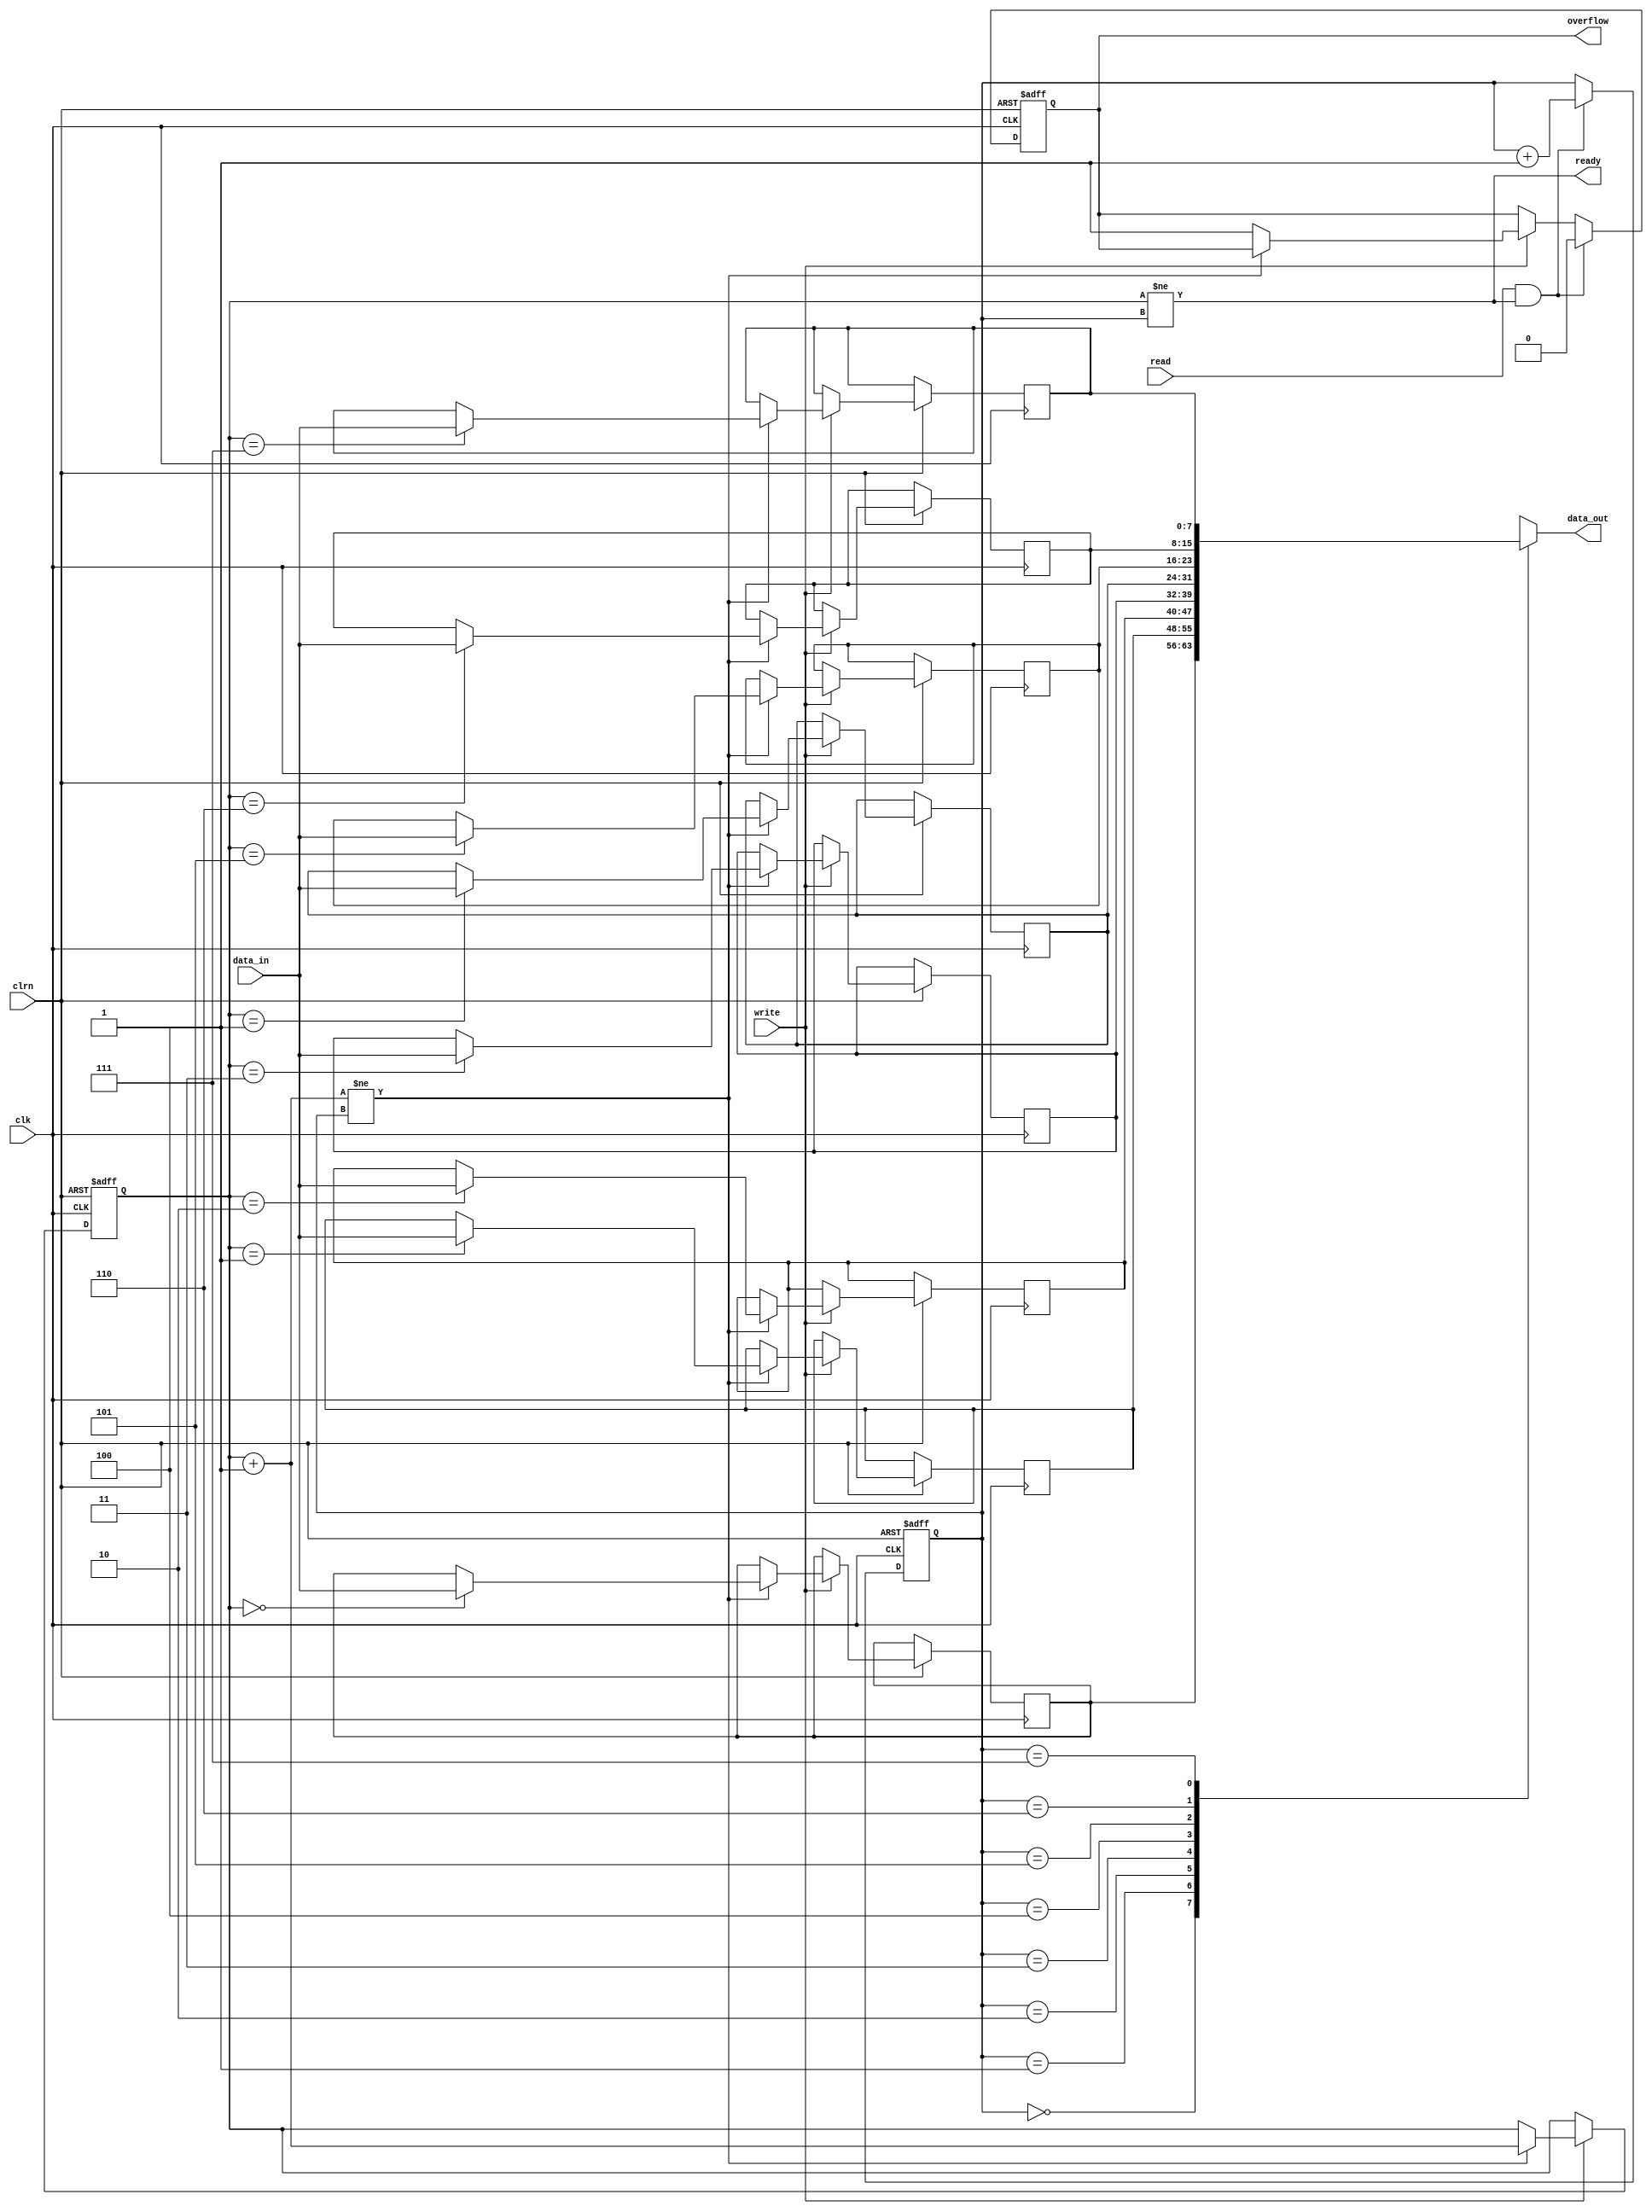
// FIFO

module fifo (clk, clrn, read, write, data_in, data_out, ready, overflow);

	input clk, clrn;
	input read, write;					// read and wirte, active high
	input [7:0] data_in;
	output [7:0] data_out;
	output ready;						// fifo has data
	output reg overflow;				// fifo overflow flag

	reg [7:0] fifo_buffer [7:0];		// fifo buffer of depth 8
	reg [2:0] write_pointer;
	reg [2:0] read_pointer;
	
	always @ (posedge clk or negedge clrn) begin
		if (!clrn)	begin
			write_pointer <= 0;
			read_pointer <= 0;
			overflow <= 0;
		end	//if_!clrn
		else begin
			if (write) begin
				if((write_pointer + 3'b1) != read_pointer) begin
					fifo_buffer[write_pointer] <= data_in;
					write_pointer <= write_pointer + 3'b1;
				end //if
				else begin
					overflow <= 1;
				end // else
			end //if_write
			
			if (read && ready) begin
				read_pointer <= read_pointer + 3'b1;
				overflow <= 0;
			end //if_read
			
		end //else
	end //always
	
	assign ready = (write_pointer != read_pointer);
	assign data_out = fifo_buffer[read_pointer];
	
endmodule